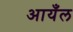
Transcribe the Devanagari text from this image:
आयँल